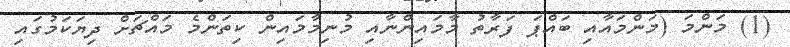
(1) މަންމަ (މަންމައާއި ބައްޕަ ފަރާތު މާމައިންނާއި މުނިމާމައިން ކިތަންމެ މައްޗަށް ދިޔަކަމުގައި